Civil Veterinary Dept. North-West Frontier Province 1901-22 - 1901-1922
Year: 1901
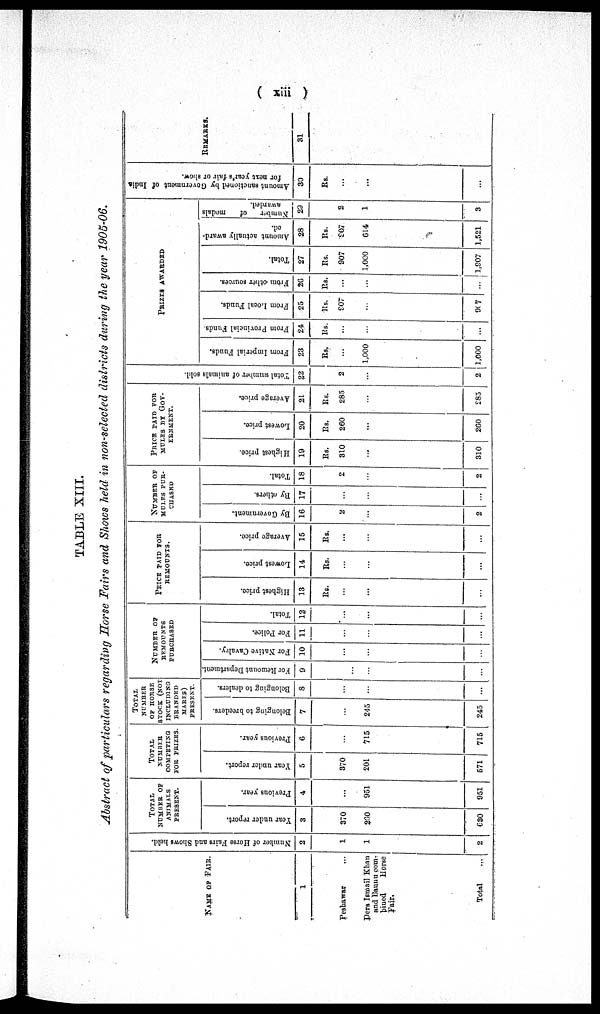
( xiii )
TABLE XIII.
Abstract of particulars regarding Horse Fairs and Shows held in non-selected districts during the year 1905-06.
NAME OF FAIR.
1
Peshawar
Dera Ismail Khan
and Bannu com¬
bined
Horse
Fair.
Total ...
Number of Horse Fairs and Shows held.
2
1
1
2
TOTAL
NUMBER OF
ANIMALS
PRESENT.
Year under report.
3
370
260
630
Previous year.
4
...
951
951
TOTAL
NUMBER
COMPETING
FOR
PRIZES.
Year under report.
5
370
201
571
Previous year.
6
...
715
715
TOTAL
NUMBER
OF HORSE
STOCK (NOT
INCLUDING
BRANDED
MARES)
PRESENT.
Belonging to breeders.
7
245
245
Belonging to dealers.
8
...
...
...
NUMBER
OF
REMOUNTS
PURCHASED
For Remount Department.
9
...
...
...
For Native Cavalry.
10
...
...
...
For Police.
11
...
...
...
Total.
12
...
...
...
PRICE PAID FOR
REMOUNTS.
Highest price.
13
Rs.
...
...
...
Lowest price.
14
Rs.
...
...
...
Average price.
15
Rs.
...
...
...
NUMBER
OF
MULES
PUR-
------
By Government.
16
2
...
2
By others.
17
...
...
...
Total.
18
2
...
2
PRICE PAID FOR
MULES BY GOV-
-------.
Highest price.
19
Rs.
310
...
310
Lowest price.
20
Rs.
260
...
260
Average price.
21
Rs.
285
...
285
Total number of animals sold.
22
2
...
2
PRIZES
AWARDED
From Imperial Funds.
23
Rs,
...
1,000
1,000
From Provincial Funds.
24
Rs.
...
...
...
From Local Funds.
25
Rs.
907
...
907
From
other sources.
26
Rs.
...
...
...
Total.
27
Rs.
907
1,000
1,907
Amount actually award-
ed.
28
Rs.
907
614
1,521
Number
of
medals
awarded.
29
2
1
3
Amount sanctioned by Government of India
for next year's fair or show.
30
Rs.
...
...
...
REMARKS.
31